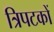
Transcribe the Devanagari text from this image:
त्रिपटकों